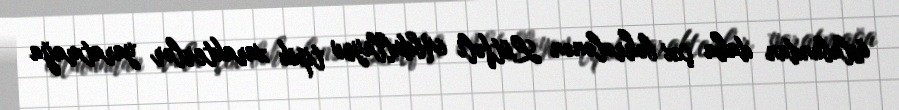
üslubundan daha çox bəhrələnən Lütfəli Abdullayev tipik xarakterlər yaratmağa